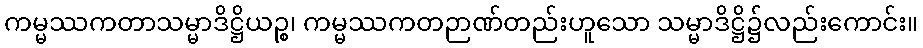
ကမ္မဿကတာသမ္မာဒိဋ္ဌိယဉ္စ၊ ကမ္မဿကတဉာဏ်တည်းဟူသော သမ္မာဒိဋ္ဌိ၌လည်းကောင်း။